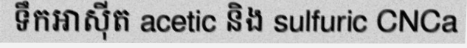
ទឹកអាស៊ីត acetic និង sulfuric CNCa